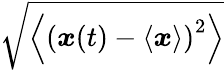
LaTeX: \sqrt{\left\langle\left(\boldsymbol{x}(t)-\left\langle\boldsymbol{x}\right\rangle\right)^{2}\right\rangle}